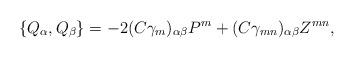
LaTeX: \begin{align*}\{Q_\alpha,Q_\beta\}=-2(C\gamma_m)_{\alpha\beta}P^m+(C\gamma_{mn})_{\alpha\beta}Z^{mn},\end{align*}